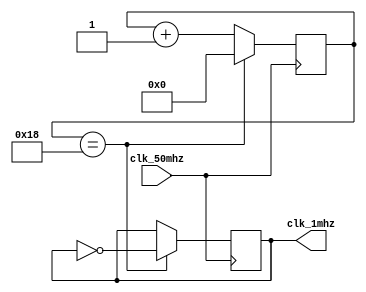
module clock_var (
    input clk_50mhz,
    output reg clk_1mhz
);

reg [5:0] counter = 0;

always @(posedge clk_50mhz) begin
    if (counter == 24'd24) begin
        counter <= 0;
        clk_1mhz <= ~clk_1mhz;
    end
    else begin
        counter <= counter + 1;
    end
end

endmodule